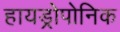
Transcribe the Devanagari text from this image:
हायड्रोपोनिक